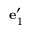
{ \bf e } _ { 1 } ^ { \prime }